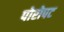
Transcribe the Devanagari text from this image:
पोरोपट